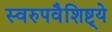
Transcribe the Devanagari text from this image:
स्वरुपवैशिष्ट्ये